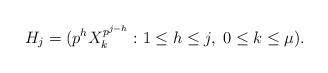
LaTeX: \begin{align*}H_j&=(p^hX_k^{p^{j-h}}:1\le h\le j,\;0\le k\le\mu).\end{align*}